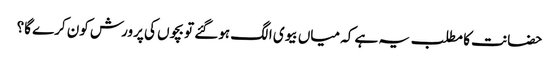
حضانت کا مطلب یہ ہے کہ میاں بیوی الگ ہوگئے تو بچوں کی پرورش کون کرے گا؟